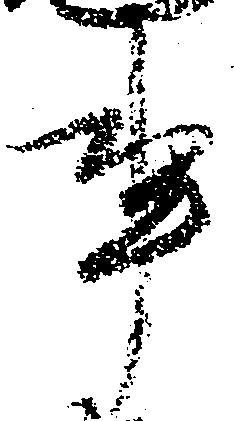
事